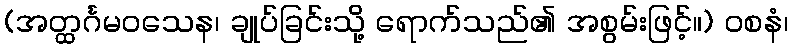
(အတ္ထင်္ဂမဝသေန၊ ချုပ်ခြင်းသို့ ရောက်သည်၏ အစွမ်းဖြင့်။) ဝစနံ၊